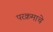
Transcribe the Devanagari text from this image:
परक्रमाचे